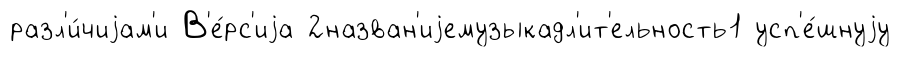
разл'и́чиjам'и В'е́рс'иjа 2назван'иjемузыкадл'ит'ельность1 усп'е́шнуjу